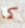
كما